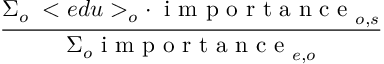
\frac { \Sigma _ { o } \; < e d u > _ { o } \cdot \: \mathrm { ~ i ~ m ~ p ~ o ~ r ~ t ~ a ~ n ~ c ~ e ~ } _ { o , s } } { \Sigma _ { o } \mathrm { ~ i ~ m ~ p ~ o ~ r ~ t ~ a ~ n ~ c ~ e ~ } _ { e , o } }